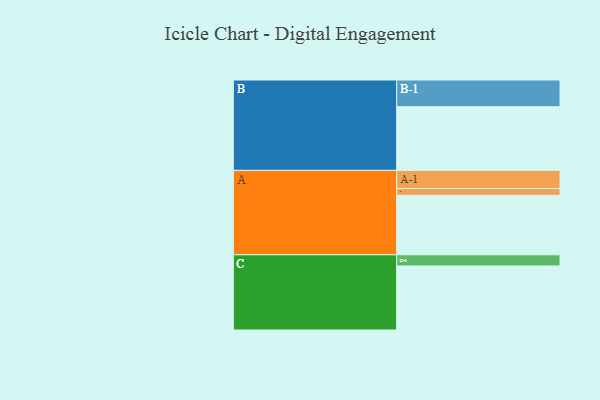
{"axis": {"x": "Segment", "y": "Value"}, "legend": ["", "A", "B", "C"], "data": [{"x": "A", "y": 517, "type": ""}, {"x": "B", "y": 554, "type": ""}, {"x": "C", "y": 557, "type": ""}, {"x": "A-1", "y": 158, "type": "A"}, {"x": "A-2", "y": 59, "type": "A"}, {"x": "B-1", "y": 232, "type": "B"}, {"x": "C-1", "y": 97, "type": "C"}]}